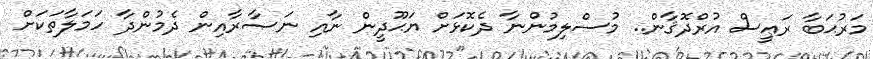
މަރުޙަބާ ރަޢީސް އުރްދޮޤާން.. މުސްލިމުންނާ ދެކޮޅަށް ޔަޙޫދީން ނާއި ނަޞާރާއިން ދެމުންދާ ހަމަލާތަކަށް